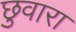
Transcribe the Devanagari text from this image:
छुवारा